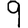
Digit: 9